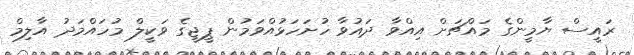
ރައީސް ޔާމީންގެ މައްޗަށް އިއްވާ ދައުވާ ހުށަހަޅުއްވަމުން ޕީޖީގެ ވަކީލް މުހައްމަދު އާލިމް